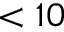
< 1 0